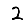
Digit: 2